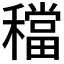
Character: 𥢷